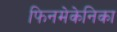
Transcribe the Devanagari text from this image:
फिनमेकेनिका